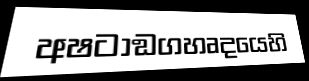
අෂටාඞගහෘදයෙහි